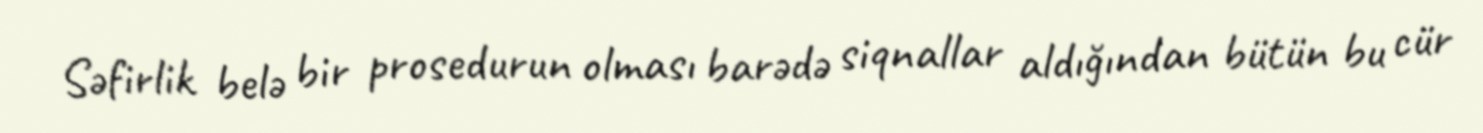
Səfirlik belə bir prosedurun olması barədə siqnallar aldığından bütün bu cür